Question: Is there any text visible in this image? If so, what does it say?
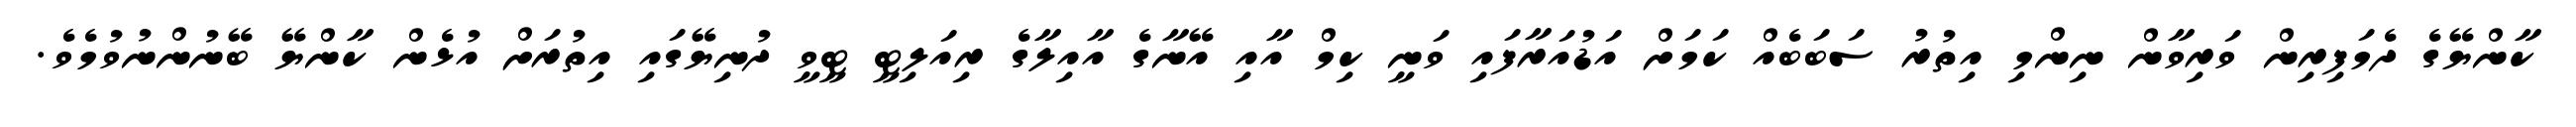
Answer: ކާންޔޭގެ ދެމަފިރިން ވަރިވާން ނިންމި އިތުރު ސަބަބެއް ކަމަށް އަޑުއަރާފައި ވަނީ ކިމް އާއި އޭނާގެ އާއިލާގެ ރިއަލިޓީ ޓީވީ ދުނިޔޭގައި އިތުރަށް އުޅެން ކާންޔޭ ބޭނުންނުވުމެވެ.